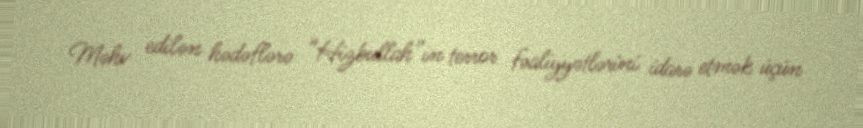
Məhv edilən hədəflərə “Hizbullah”ın terror fəaliyyətlərini idarə etmək üçün